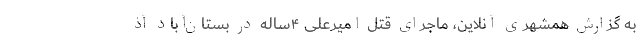
به گزارش همشهری آنلاین، ماجرای قتل امیرعلی ۴ساله در بستان‌آباد آذ